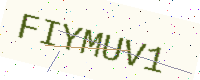
Text: FIYMUV1